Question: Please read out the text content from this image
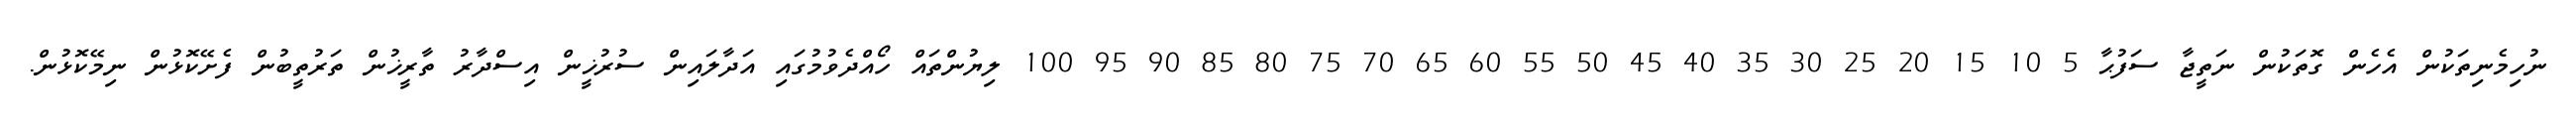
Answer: ނުހިމެނިތަކުން އެހެން ގޮތަކުން ނަތީޖާ ސަފުޙާ 5 10 15 20 25 30 35 40 45 50 55 60 65 70 75 80 85 90 95 100 ލިޔުންތައް ހޯއްދެވުމުގައި އަދާލައިން ސުރުޚީން އިސްދާރު ތާރީޚުން ތަރުތީބުން ފެށޭކޮޅުން ނިމޭކޮޅުން.